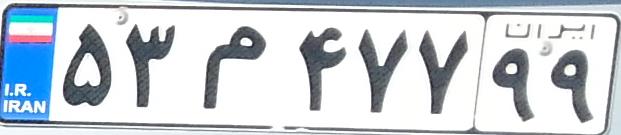
۵۳م۴۷۷۹۹